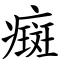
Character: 癍